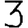
Digit: 3